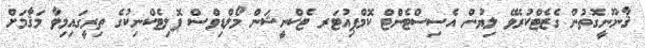
ޤާނޫނީގޮތުން ގެޒެޓްކުރެވޭ ލިޔުން އެސިސްޓެންޓް ކޮމްޕިއުޓަރ ޓެކްނީޝަން މޯލްޑިވްސް ޕޮލިޓެކްނިކުގެ ތިރީގައިމިވާ މަޤާމަށް